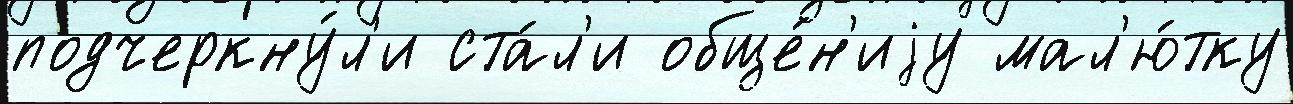
подчеркну́л'и ста́л'и обще́н'иjу мал'ю́тку